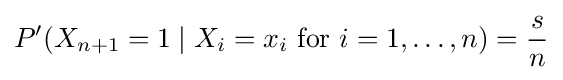
P'(X_{n+1}=1\mid X_{i}=x_{i}{\text{ for }}i=1,\dots ,n)={s \over n}